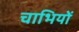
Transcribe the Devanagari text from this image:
चाभियों